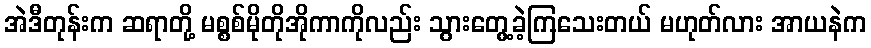
အဲဒီတုန်းက ဆရာတို့ မစ္စစ်မိုတိုအိုကာကိုလည်း သွားတွေ့ခဲ့ကြသေးတယ် မဟုတ်လား အာယနဲက